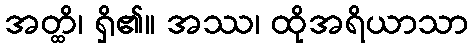
အတ္ထိ၊ ရှိ၏။ အဿ၊ ထိုအရိယာသာ